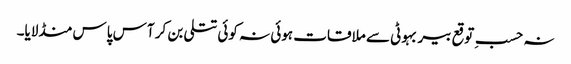
نہ حسبِ توقع بیر بہوٹی سے ملاقات ہوئی نہ کوئی تتلی بن کر آس پاس منڈلایا۔